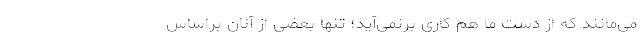
می‌مانند که از دست ما هم کاری برنمی‌آید؛ تنها بعضی از آنان براساس